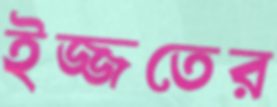
ইজ্জতের